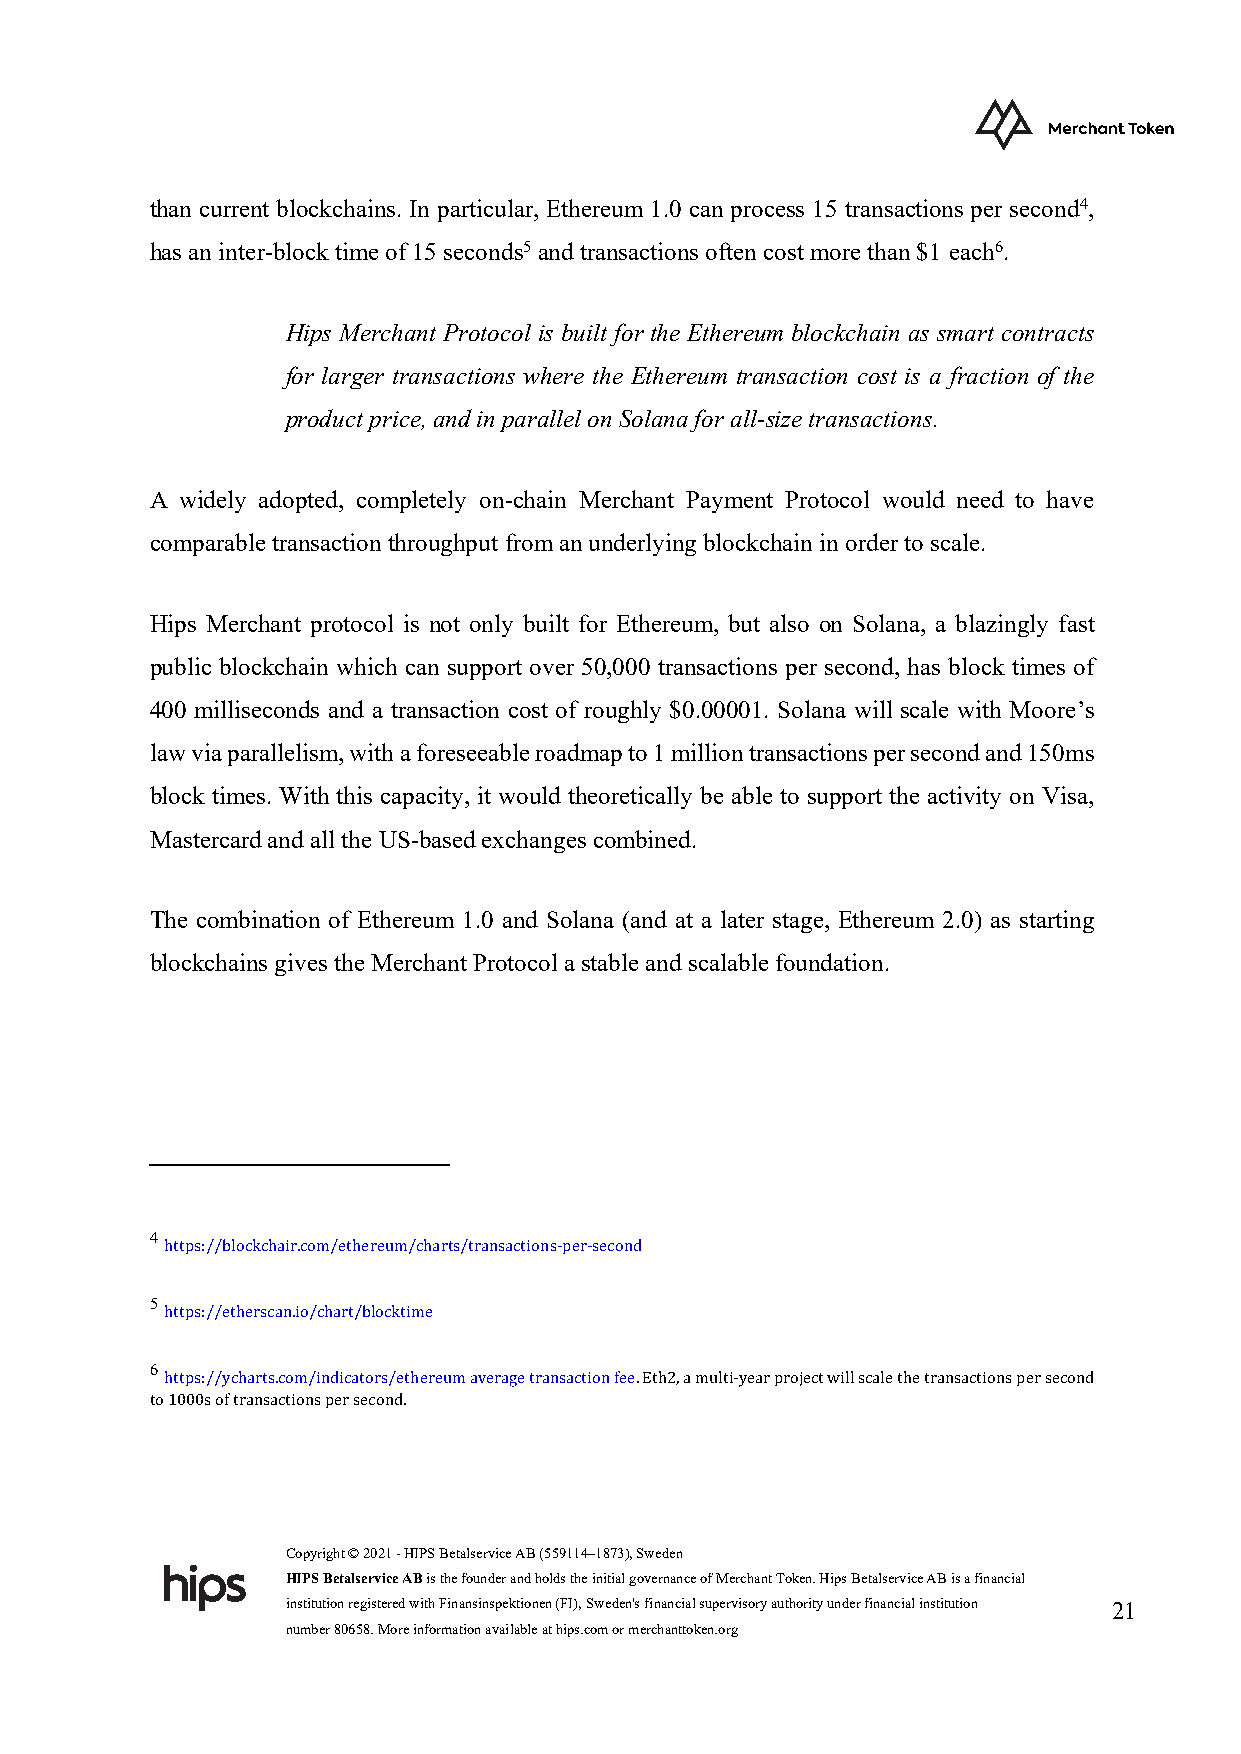
than current blockchains. In particular, Ethereum 1.0 can process 15 transactions per second4,
 has an inter-block time of 15 seconds5 and transactions often cost more than $1 each6.
 Hips Merchant Protocol is built for the Ethereum blockchain as smart contracts
 for larger transactions where the Ethereum transaction cost is a fraction of the
 product price, and in parallel on Solana for all-size transactions.
 A widely adopted, completely on-chain Merchant Payment Protocol would need to have
 comparable transaction throughput from an underlying blockchain in order to scale.
 Hips Merchant protocol is not only built for Ethereum, but also on Solana, a blazingly fast
 public blockchain which can support over 50,000 transactions per second, has block times of
 400 milliseconds and a transaction cost of roughly $0.00001. Solana will scale with Moore’s
 law via parallelism, with a foreseeable roadmap to 1 million transactions per second and 150ms
 block times. With this capacity, it would theoretically be able to support the activity on Visa,
 Mastercard and all the US-based exchanges combined.
 The combination of Ethereum 1.0 and Solana (and at a later stage, Ethereum 2.0) as starting
 blockchains gives the Merchant Protocol a stable and scalable foundation.
 4
 https://blockchair.com/ethereum/charts/transactions-per-second
 5
 https://etherscan.io/chart/blocktime
 6
 https://ycharts.com/indicators/ethereum average transaction fee. Eth2, a multi-year project will scale the transactions per second
 to 1000s of transactions per second.
 Copyright © 2021 - HIPS Betalservice AB (559114–1873), Sweden
 HIPS Betalservice AB is the founder and holds the initial governance of Merchant Token. Hips Betalservice AB is a financial
 institution registered with Finansinspektionen (FI), Sweden's financial supervisory authority under financial institution 21
 number 80658. More information available at hips.com or merchanttoken.org